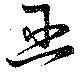
巫